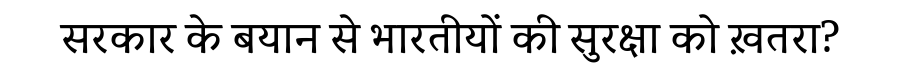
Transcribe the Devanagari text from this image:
सरकार के बयान से भारतीयों की सुरक्षा को ख़तरा?